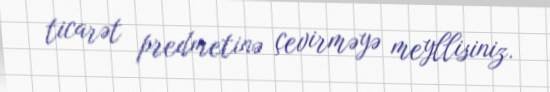
ticarət predmetinə çevirməyə meyllisiniz.